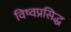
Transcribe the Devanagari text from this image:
विष्वप्रसिद्ध